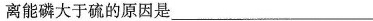
离能磷大于硫的原因是________。